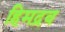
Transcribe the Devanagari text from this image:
हिमद्रव